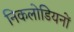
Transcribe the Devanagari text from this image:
निकलोडियनों